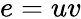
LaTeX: e=uv